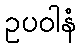
ဥပဝါနံ